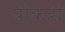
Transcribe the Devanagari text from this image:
पीकही